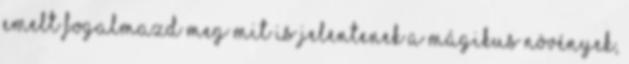
Emelt Fogalmazd meg mit is jelentenek a mágikus növények,